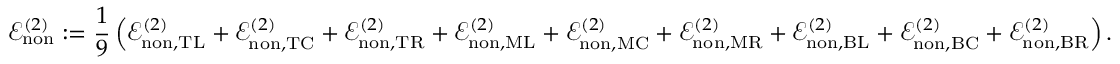
\mathcal { E } _ { \mathrm { n o n } } ^ { ( 2 ) } : = \frac { 1 } { 9 } \left( \mathcal { E } _ { \mathrm { n o n } , \mathrm { T L } } ^ { ( 2 ) } + \mathcal { E } _ { \mathrm { n o n } , \mathrm { T C } } ^ { ( 2 ) } + \mathcal { E } _ { \mathrm { n o n } , \mathrm { T R } } ^ { ( 2 ) } + \mathcal { E } _ { \mathrm { n o n } , \mathrm { M L } } ^ { ( 2 ) } + \mathcal { E } _ { \mathrm { n o n } , \mathrm { M C } } ^ { ( 2 ) } + \mathcal { E } _ { \mathrm { n o n } , \mathrm { M R } } ^ { ( 2 ) } + \mathcal { E } _ { \mathrm { n o n } , \mathrm { B L } } ^ { ( 2 ) } + \mathcal { E } _ { \mathrm { n o n } , \mathrm { B C } } ^ { ( 2 ) } + \mathcal { E } _ { \mathrm { n o n } , \mathrm { B R } } ^ { ( 2 ) } \right) .